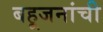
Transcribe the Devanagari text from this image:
बहूजनांची